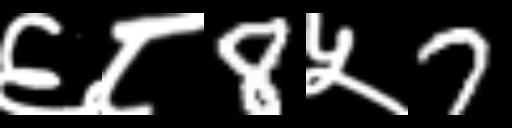
Text: ६८8५7